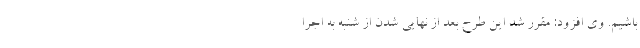
باشیم. وی افزود: مقرر شد این طرح بعد از نهایی شدن از شنبه به اجرا